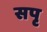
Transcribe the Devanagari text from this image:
सपृ